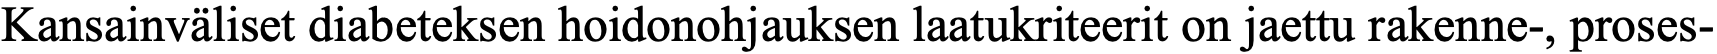
Kansainväliset diabeteksen hoidonohjauksen laatukriteerit on jaettu rakenne-, proses-